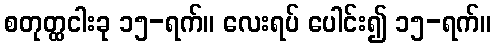
စတုတ္ထငါးခု ၁၅-ရက်။ လေးရပ် ပေါင်း၍ ၁၅-ရက်။